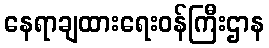
နေရာချထားရေးဝန်ကြီးဌာန